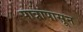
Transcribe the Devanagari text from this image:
पात्रांपासून